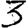
Digit: 3